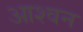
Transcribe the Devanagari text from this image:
आश्वन